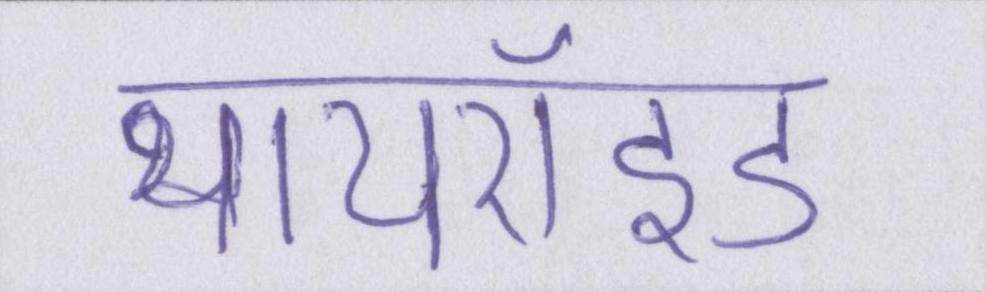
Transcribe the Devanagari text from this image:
थायरॉइड